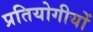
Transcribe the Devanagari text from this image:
प्रतियोगीयों